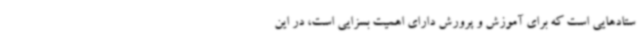
ستادهایی است که برای آموزش و پرورش دارای اهمیت بسزایی است، در این